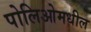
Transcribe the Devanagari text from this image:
पोलिओमधील